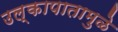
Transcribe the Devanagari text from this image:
उल्कापातामुळे